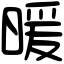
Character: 暖